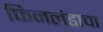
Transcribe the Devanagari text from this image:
फिनलंडाचा